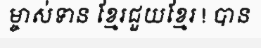
ម្ចាស់ទាន ខ្មែរជួយខ្មែរ ! បាន